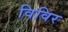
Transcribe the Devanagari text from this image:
विविर